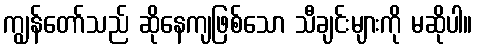
ကျွန်တော်သည် ဆိုနေကျဖြစ်သော သီချင်းများကို မဆိုပါ။